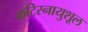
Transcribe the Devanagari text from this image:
कटिस्नायुशूल